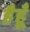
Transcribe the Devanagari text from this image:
हैहूँ